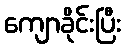
ကျောခိုင်းပြီး